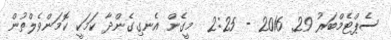
ސެޕްޓެމްބަރު 29